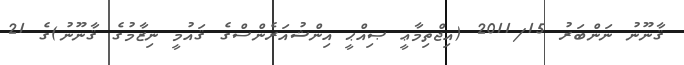
ޤާނޫނު ނަންބަރު 2011/15 (އިޖްތިމާޢީ ޞިއްޙީ އިންޝުއަރެންސްގެ ޤައުމީ ނިޒާމުގެ ޤާނޫނު)ގެ 21